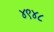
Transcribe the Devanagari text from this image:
४९४८